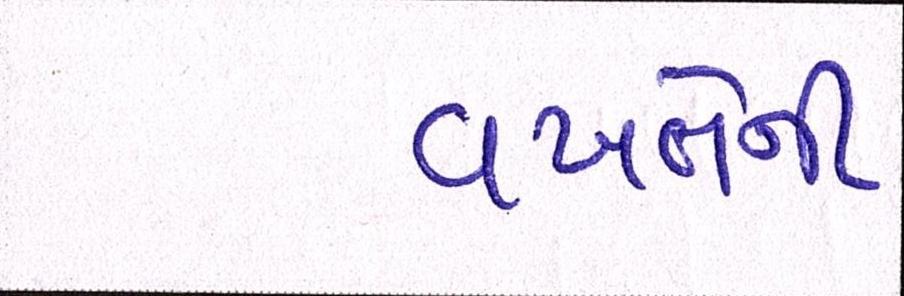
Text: વખતેની